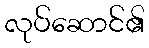
လုပ်ဆောင်၏